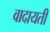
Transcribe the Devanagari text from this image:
वादायती